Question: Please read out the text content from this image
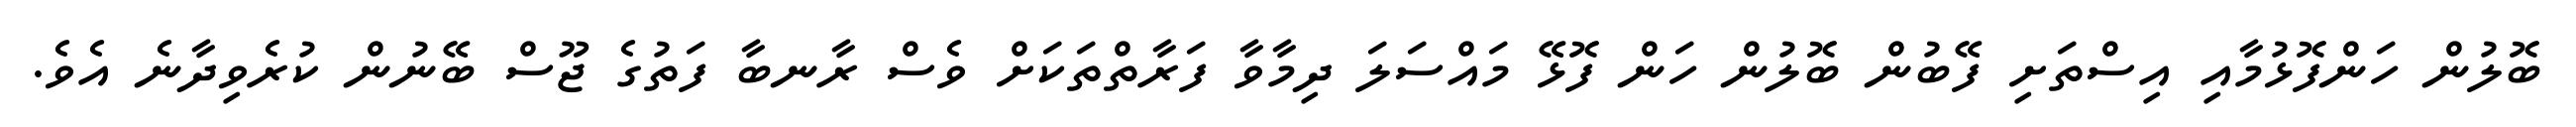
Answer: ބޮލުން ހަންފޮޅުމާއި އިސްތަށި ފޭބުން ބޮލުން ހަން ފޮޅޭ މައްސަލަ ދިމާވާ ފަރާތްތަކަށް ވެސް ރާނބާ ފަތުގެ ޖޫސް ބޭނުން ކުރެވިދާނެ އެވެ.